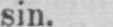
sin.